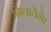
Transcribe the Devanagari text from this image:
मिलायेंगे।